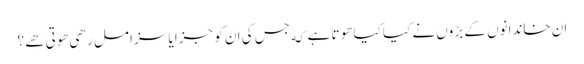
ان خاندانوں کے بڑوں نے کیا کیا هوتا ہے که جس کی ان کو جزا یا سزا مل رهی هوتی هے؟